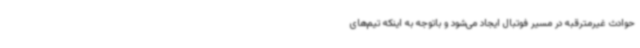
حوادث غیرمترقبه در مسیر فوتبال ایجاد می‌شود و باتوجه به اینکه تیم‌های